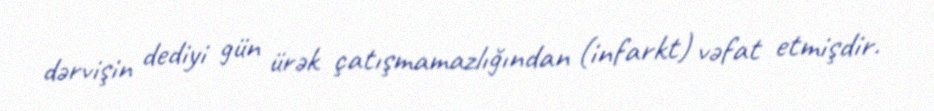
dərvişin dediyi gün ürək çatışmamazlığından (infarkt) vəfat etmişdir.